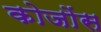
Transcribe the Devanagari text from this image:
कोजोंस